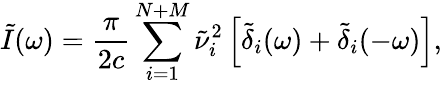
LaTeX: \tilde{I}(\omega)={\frac{\pi}{2c}}\sum_{i=1}^{N+M}\tilde{\nu}_{i}^{2}\left[\tilde{\delta}_{i}(\omega)+\tilde{\delta}_{i}(-\omega)\right],